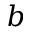
b